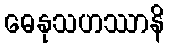
ဓေနုသဟဿာနိ